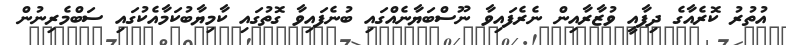
އުތުރު ކޮރެއާގެ ދިފާއީ ވުޒާރާއިން ނެރެފައިވާ ނޫސްބަޔާނެއްގައި ބުނެފައިވާ ގޮތުގައި ކާމިޔާބުކަމާއެކުގައި ސަބްމެރިނުން